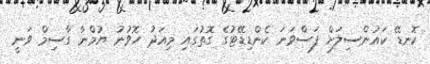
ކޮނޑޭ ކައުންސިލަށް ފަސްވަނަ ކެންޑިޑޭޓުގެ ގޮތުގައި މިއަދު ހޮވުނު ޔުމްނާ ގާސިމް ވަނީ